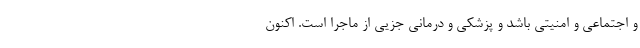
و اجتماعی و امنیتی باشد و پزشکی و درمانی جزیی از ماجرا است. اکنون